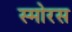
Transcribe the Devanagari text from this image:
स्मोरस